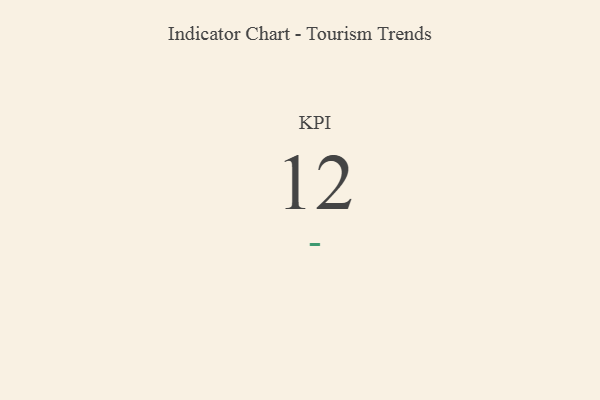
{"axis": {"x": "KPI", "y": "Value"}, "legend": [""], "data": [{"x": "KPI", "y": 12, "type": ""}]}